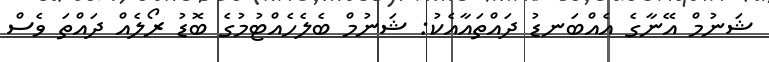
ޝަނުމް އޭނާގެ އެއްބަނޑު ދައްތައާއެކު: ޝަނުމް ބެލެހެއްޓުމުގެ ބޮޑު ރޯލެއް ދައްތަ ވެސް